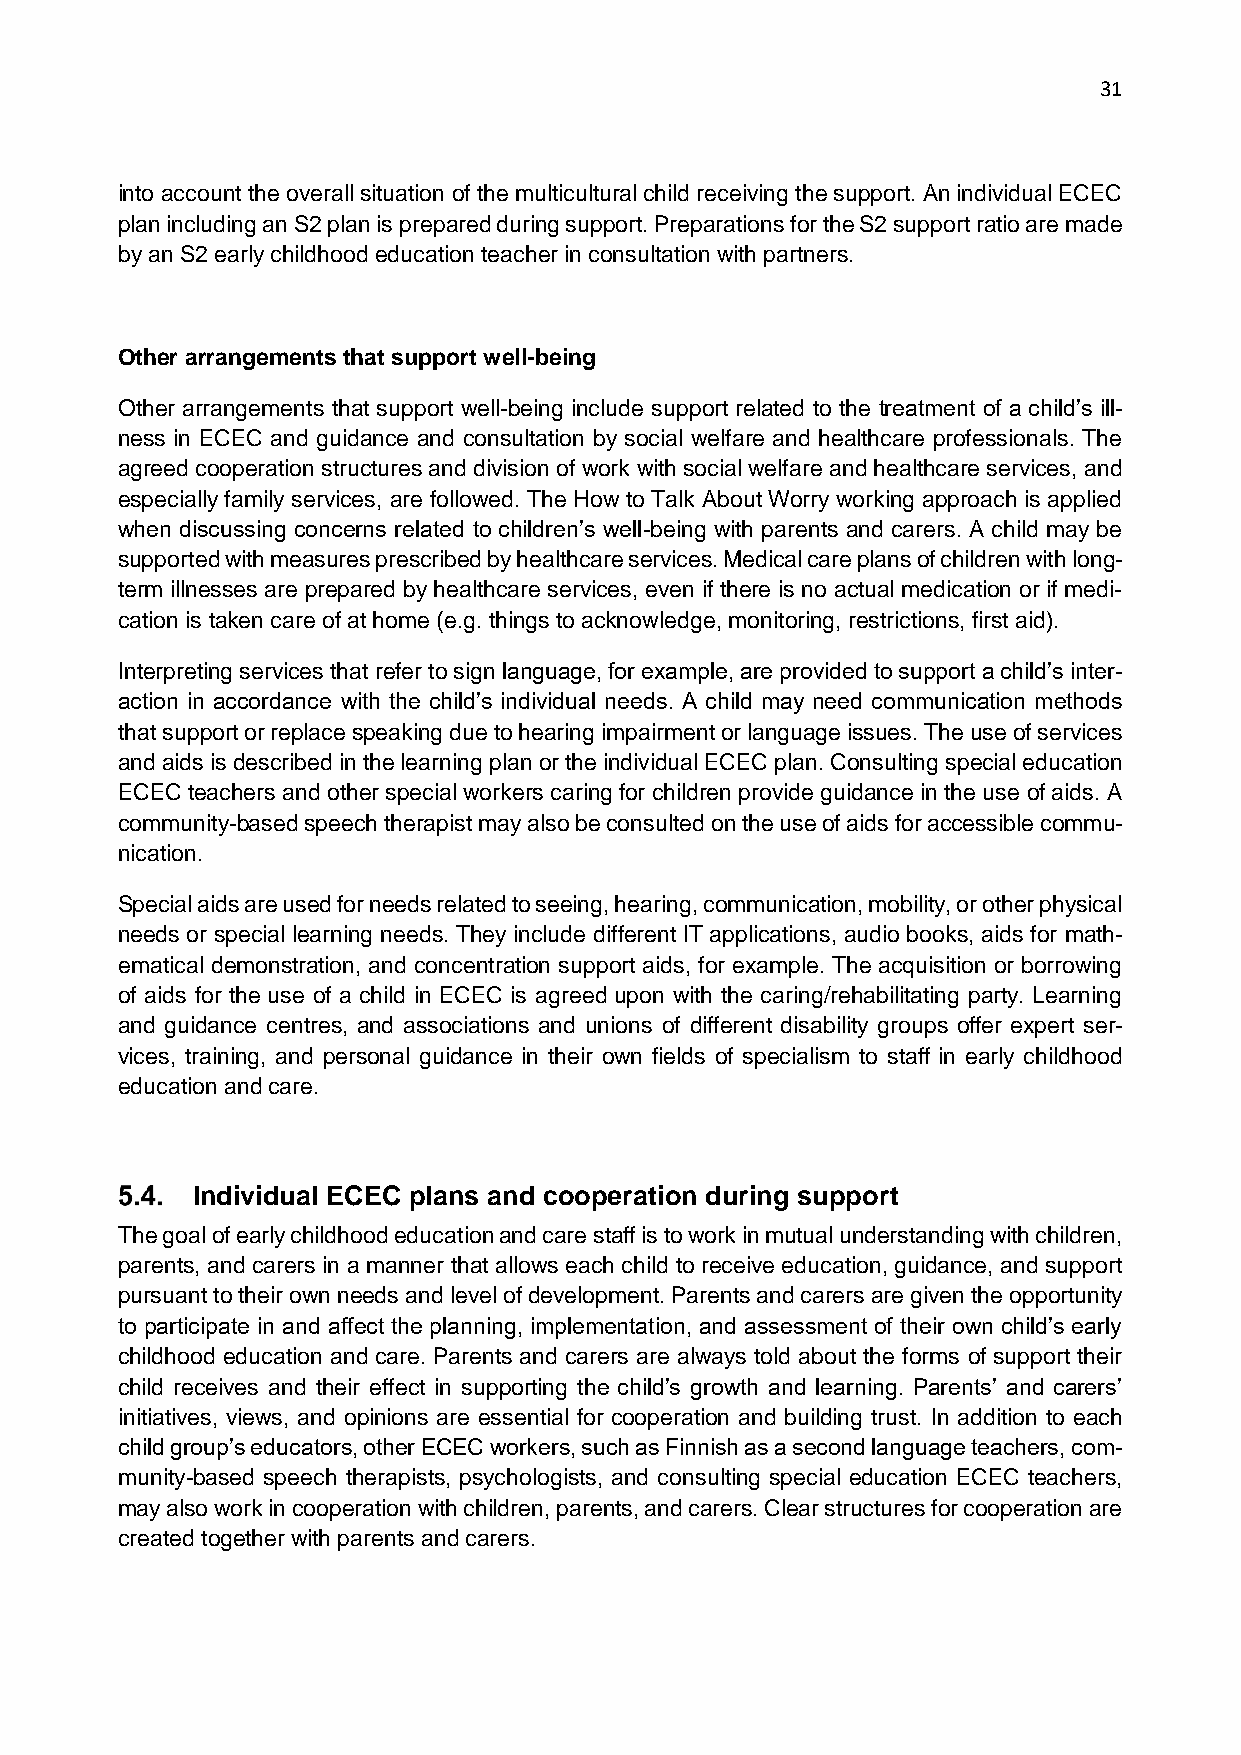
31
 into account the overall situation of the multicultural child receiving the support. An individual ECEC
 plan including an S2 plan is prepared during support. Preparations for the S2 support ratio are made
 by an S2 early childhood education teacher in consultation with partners.
 Other arrangements that support well-being
 Other arrangements that support well-being include support related to the treatment of a child’s ill-
 ness in ECEC and guidance and consultation by social welfare and healthcare professionals. The
 agreed cooperation structures and division of work with social welfare and healthcare services, and
 especially family services, are followed. The How to Talk About Worry working approach is applied
 when discussing concerns related to children’s well-being with parents and carers. A child may be
 supported with measures prescribed by healthcare services. Medical care plans of children with long-
 term illnesses are prepared by healthcare services, even if there is no actual medication or if medi-
 cation is taken care of at home (e.g. things to acknowledge, monitoring, restrictions, first aid).
 Interpreting services that refer to sign language, for example, are provided to support a child’s inter-
 action in accordance with the child’s individual needs. A child may need communication methods
 that support or replace speaking due to hearing impairment or language issues. The use of services
 and aids is described in the learning plan or the individual ECEC plan. Consulting special education
 ECEC teachers and other special workers caring for children provide guidance in the use of aids. A
 community-based speech therapist may also be consulted on the use of aids for accessible commu-
 nication.
 Special aids are used for needs related to seeing, hearing, communication, mobility, or other physical
 needs or special learning needs. They include different IT applications, audio books, aids for math-
 ematical demonstration, and concentration support aids, for example. The acquisition or borrowing
 of aids for the use of a child in ECEC is agreed upon with the caring/rehabilitating party. Learning
 and guidance centres, and associations and unions of different disability groups offer expert ser-
 vices, training, and personal guidance in their own fields of specialism to staff in early childhood
 education and care.
 Individual ECEC plans and cooperation during support
 The goal of early childhood education and care staff is to work in mutual understanding with children,
 parents, and carers in a manner that allows each child to receive education, guidance, and support
 pursuant to their own needs and level of development. Parents and carers are given the opportunity
 to participate in and affect the planning, implementation, and assessment of their own child’s early
 childhood education and care. Parents and carers are always told about the forms of support their
 child receives and their effect in supporting the child’s growth and learning. Parents’ and carers’
 initiatives, views, and opinions are essential for cooperation and building trust. In addition to each
 child group’s educators, other ECEC workers, such as Finnish as a second language teachers, com-
 munity-based speech therapists, psychologists, and consulting special education ECEC teachers,
 may also work in cooperation with children, parents, and carers. Clear structures for cooperation are
 created together with parents and carers.